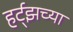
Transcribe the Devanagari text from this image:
हर्ट्‌झच्या